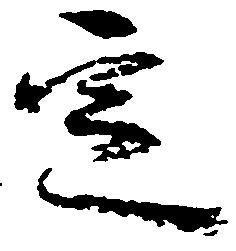
定